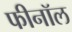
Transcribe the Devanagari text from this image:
फीनॉल